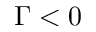
\Gamma < 0